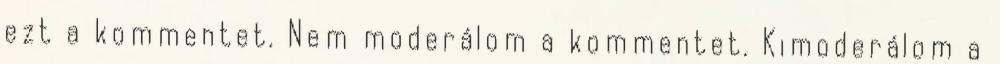
ezt a kommentet. Nem moderálom a kommentet. Kimoderálom a